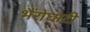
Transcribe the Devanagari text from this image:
भैंरोघाटी